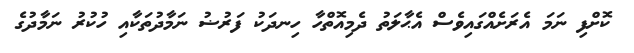
ކޮށްފި ނަމަ އެރަށެއްގައިވެސް އެޙާލަތު ދެމިއޮތްހާ ހިނދަކު ފަރުޟު ނަމާދުތަކާއި ހުކުރު ނަމާދުގެ